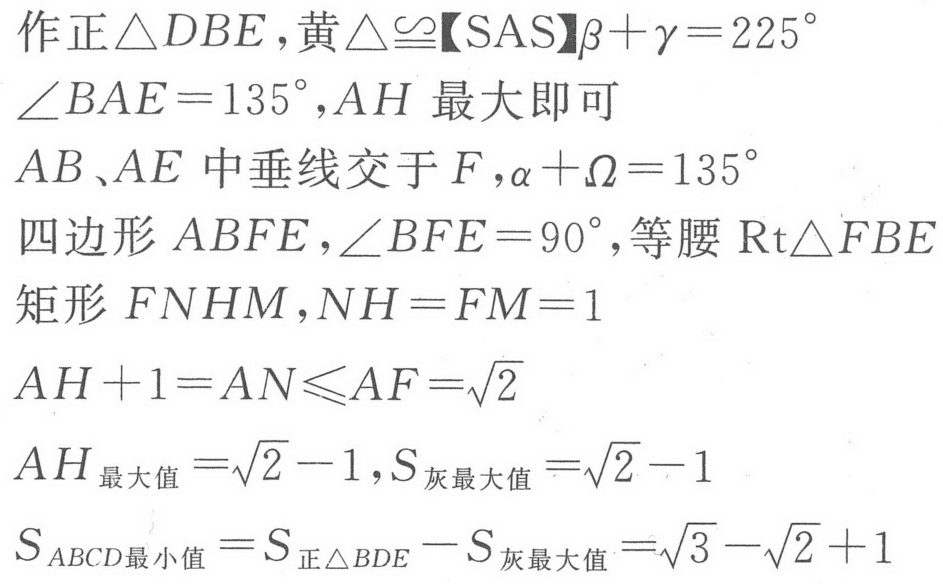
作正\(\triangle DBE\)，黄\(\triangle\cong\)【SAS】\(\beta+\gamma = 225^{\circ}\)
\(\angle BAE = 135^{\circ}\)，\(AH\)最大即可
\(AB\)、\(AE\)中垂线交于\(F\)，\(\alpha+\Omega = 135^{\circ}\)
四边形\(ABFE\)，\(\angle BFE = 90^{\circ}\)，等腰\(\text{Rt}\triangle FBE\)
矩形\(FNHM\)，\(NH = FM = 1\)
\(AH + 1=AN\leqslant AF=\sqrt{2}\)
\(AH_{最大值}=\sqrt{2}-1\)，\(S_{灰最大值}=\sqrt{2}-1\)
\(S_{ABCD最小值}=S_{正\triangle BDE}-S_{灰最大值}=\sqrt{3}-\sqrt{2}+1\)